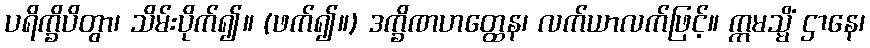
ပရိက္ခိပိတွာ၊ သိမ်းပိုက်၍။ (ဖက်၍။) ဒက္ခိဏဟတ္ထေန၊ လက်ယာလက်ဖြင့်။ ဣမသ္မိံ ဌာနေ၊